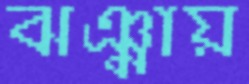
ঝঞ্ঝায়